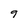
Character: 9